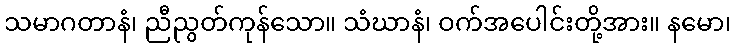
သမာဂတာနံ၊ ညီညွတ်ကုန်သော။ သံဃာနံ၊ ဝက်အပေါင်းတို့အား။ နမော၊